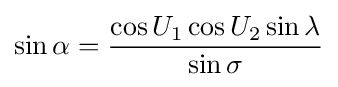
\sin \alpha ={\frac {\cos U_{1}\cos U_{2}\sin \lambda }{\sin \sigma }}